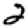
Digit: 2